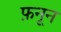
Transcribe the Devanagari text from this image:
फ़नून